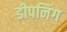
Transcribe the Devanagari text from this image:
डीपनिंग